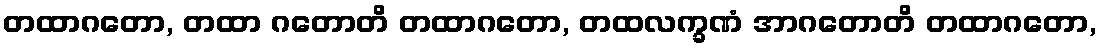
တထာဂတော, တထာ ဂတောတိ တထာဂတော, တထလက္ခဏံ အာဂတောတိ တထာဂတော,